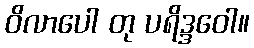
ဝိလာပေါ တု ပရိဒ္ဒဝေါ။